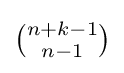
{\tbinom {n+k-1}{n-1}}